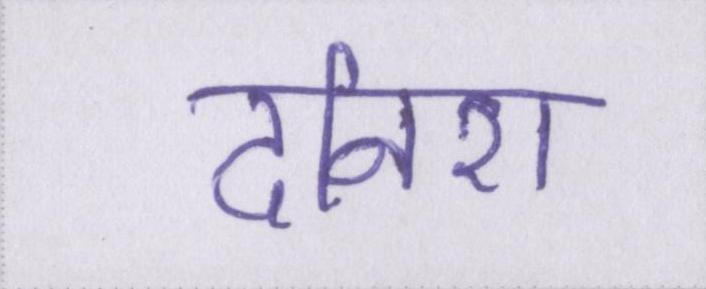
दनिश